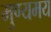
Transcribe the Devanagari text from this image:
मुण्यमय